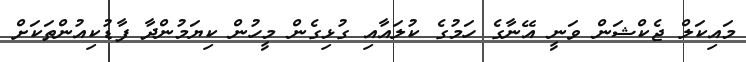
މައިކަލް ޖެކްޝަން ވަނީ އޭނާގެ ހަމުގެ ކުލައާއި ގުޅިގެން މީހުން ކިޔަމުންދާ ފާޑުކިއުންތަކަށް